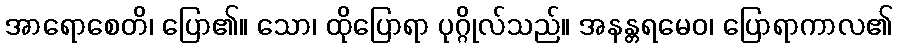
အာရောစေတိ၊ ပြော၏။ သော၊ ထိုပြောရာ ပုဂ္ဂိုလ်သည်။ အနန္တရမေဝ၊ ပြောရာကာလ၏